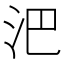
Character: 𣲩